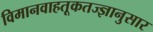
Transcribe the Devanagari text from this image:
विमानवाहतूकतज्ज्ञानुसार